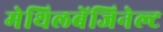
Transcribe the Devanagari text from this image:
मेथिलबेंजिनेल्ट